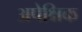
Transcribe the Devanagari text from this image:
अपेक्षिक